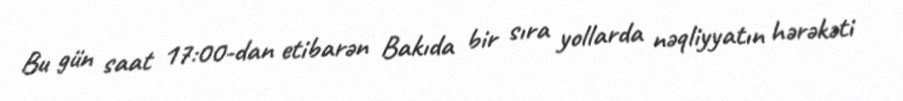
Bu gün saat 17:00-dan etibarən Bakıda bir sıra yollarda nəqliyyatın hərəkəti